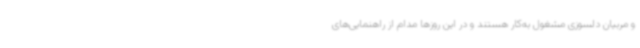
و مربیان دلسوزی مشغول به‌کار هستند و در این روزها مدام از راهنمایی‌های